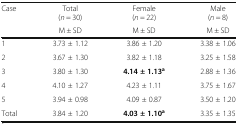
<table><thead><tr><td rowspan="2"><b>Case</b></td><td><b>Total(<i>n</i> = 30)</b></td><td><b>Female(<i>n</i> = 22)</b></td><td><b>Male(<i>n</i> = 8)</b></td></tr><tr><td><b>M ± SD</b></td><td><b>M ± SD</b></td><td><b>M ± SD</b></td></tr></thead><tbody><tr><td>1</td><td>3.73 ± 1.12</td><td>3.86 ± 1.20</td><td>3.38 ± 1.06</td></tr><tr><td>2</td><td>3.67 ± 1.30</td><td>3.82 ± 1.18</td><td>3.25 ± 1.58</td></tr><tr><td>3</td><td>3.80 ± 1.30</td><td><b>4.14 ± 1.13</b><sup><b>a</b></sup></td><td>2.88 ± 1.36</td></tr><tr><td>4</td><td>4.10 ± 1.27</td><td>4.23 ± 1.11</td><td>3.75 ± 1.67</td></tr><tr><td>5</td><td>3.94 ± 0.98</td><td>4.09 ± 0.87</td><td>3.50 ± 1.20</td></tr><tr><td>Total</td><td>3.84 ± 1.20</td><td><b>4.03 ± 1.10</b><sup><b>a</b></sup></td><td>3.35 ± 1.35</td></tr></tbody></table>